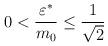
LaTeX: \begin{align*}0<\frac{\varepsilon^\ast}{ m_0}\le\frac{1}{\sqrt{2}}\end{align*}